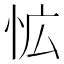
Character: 𭜡